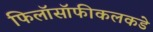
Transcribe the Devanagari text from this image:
फिलॉसॉफीकलकडे